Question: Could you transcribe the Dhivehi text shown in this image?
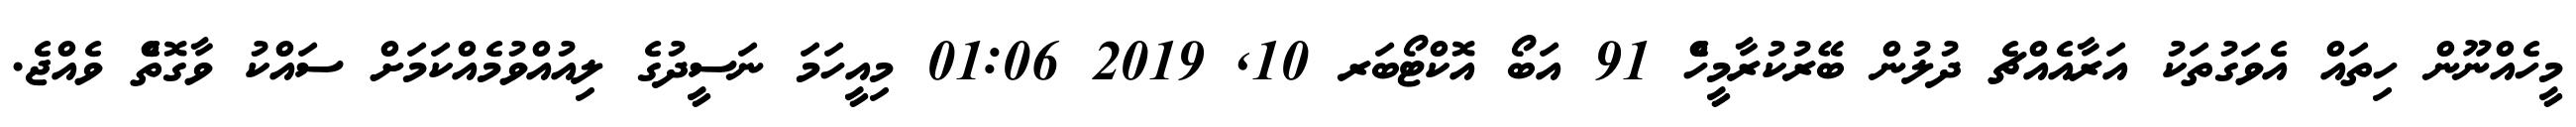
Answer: މީހެއްނޫން ހިތައް އެވަގުތަކު އަރާއެއްޗެ ދުލުން ބޭރުކުރާމީހެް 91 އަބޯ އޮކްޓޯބަރ 10, 2019 01:06 މިއީހަމަ ނަސީދުގެ ލިއުއްވުމެއްކަމަށް ސައްކު ވާގޮތެް ވެއްޖެ.